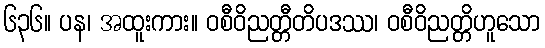
၆၃၆။ ပန၊ အထူးကား။ ဝစီဝိညတ္တီတိပဒဿ၊ ဝစီဝိညတ္တိဟူသော